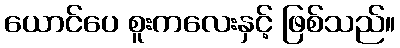
ယောင်ပေ စူးကလေးနှင့် ဖြစ်သည်။